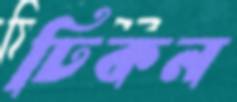
ঢিকন